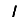
Digit: 1